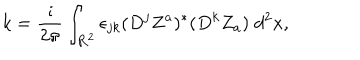
LaTeX: k = \frac { \imath } { 2 \pi } \int _ { { \bf R } ^ { 2 } } \epsilon _ { j k } ( D ^ { j } Z ^ { a } ) ^ { * } ( D ^ { k } Z _ { a } ) \; d ^ { 2 } x ,